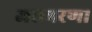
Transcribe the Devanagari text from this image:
जरामरण।